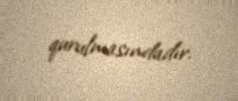
qurulmasındadır.